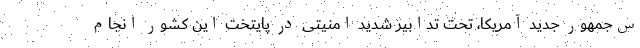
س‌جمهور جدید آمریکا، تحت تدابیر شدید امنیتی در پایتخت این کشور انجام